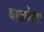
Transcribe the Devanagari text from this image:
वाटलेत्या